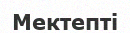
Мектепті